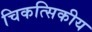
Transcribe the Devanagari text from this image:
चिकत्सिकीय